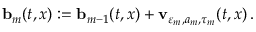
\ensuremath { \mathbf { b } } _ { m } ( t , x ) : = \ensuremath { \mathbf { b } } _ { m - 1 } ( t , x ) + \mathbf { v } _ { \varepsilon _ { m } , a _ { m } , \tau _ { m } } ( t , x ) \, .